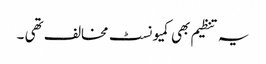
یہ تنظیم بھی کمیونسٹ مخالف تھی ۔